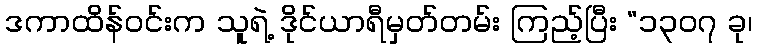
ဒကာထိန်ဝင်းက သူရဲ့ ဒိုင်ယာရီမှတ်တမ်း ကြည့်ပြီး “၁၃၀၇ ခု၊